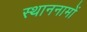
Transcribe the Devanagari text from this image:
स्थाननामों